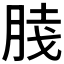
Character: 𰮦